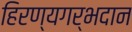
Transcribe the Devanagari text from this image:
हिरण्यगर्भदान